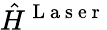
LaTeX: \hat{H}^{\mathrm{~L~a~s~e~r~}}